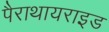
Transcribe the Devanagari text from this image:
पैराथायराइड